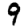
Digit: 9